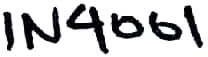
Text: IN4001